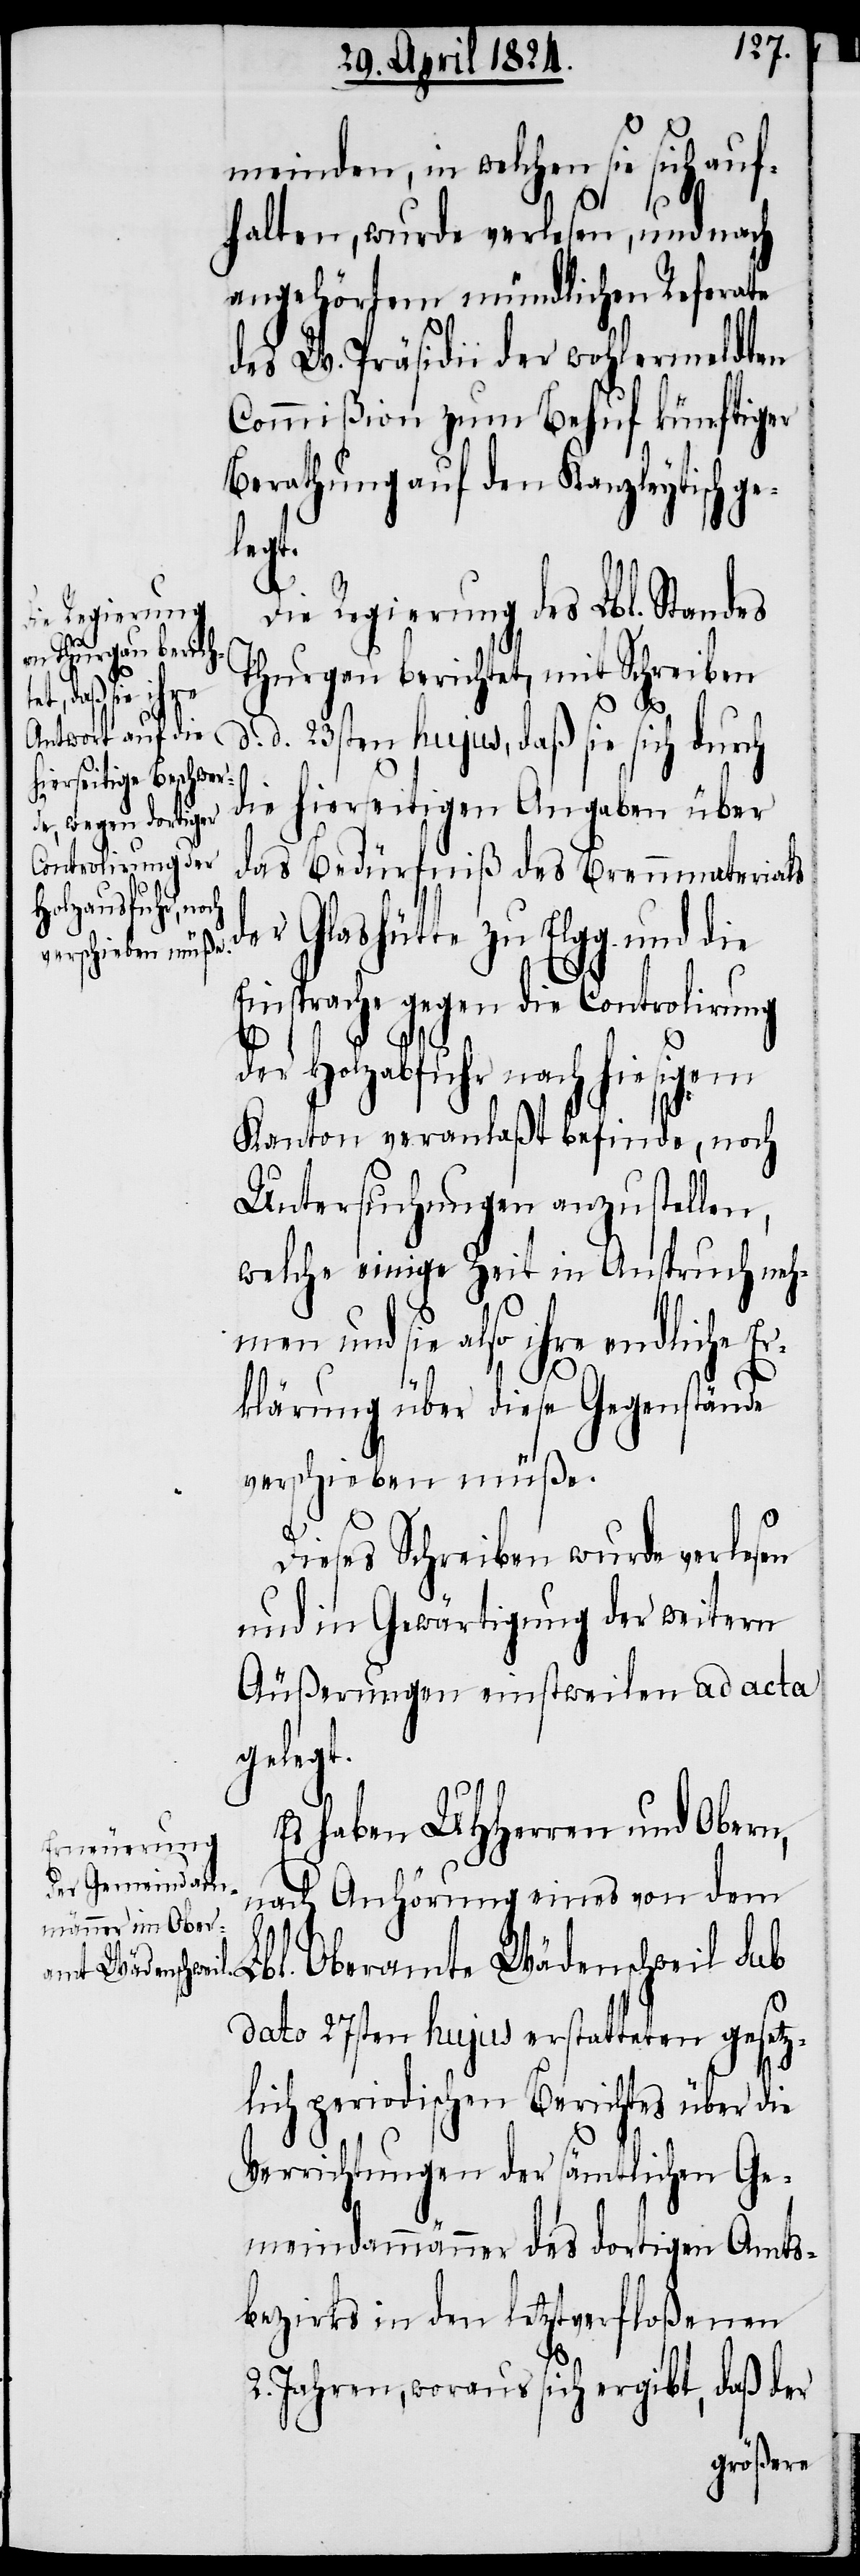
meinden, in welchen sie sich auf¬
halten, wurde verlesen, und nach
angehörtem mündlichen Referate
des W. Präsidii der wohlermeldten
Commißion zum Behuf künftiger
Berathung auf den Kanzleytisch ge¬
legt.
Die Regierung des Lbl. Standes
Thurgau berichtet, mit Schreiben
die hierseitigen Angaben über
das Bedürfniß des Brennmaterials
daß sie sich
der Glashütte zu Elgg und die
Einsprache gegen die Controlirung
der Holzabfuhr nach hiesigem
Kanton veranlaßt befinde, noch
Untersuchungen anzustellen,
welche einige Zeit in Anspruch neh¬
men und sie also ihre endliche E¬
rklärung über diese Gegenstände
verschieben müße.
Dieses Schreiben wurde verlesen
und in Gewärtigung der weitern
Äußerungen einstweilen ad acta
gelegt.
Es haben UHHerren und Obern,
nach Anhörung eines von dem
Lbl. Oberamte Wädenschweil sub
dato 27sten hujus erstatteten gesetz¬
lich periodischen Berichtes über die
Verrichtungen der sämtlichen Ge¬
meindammänner des dortigen Amts¬
bezirks in den letztverfloßenen
2. Jahren, woraus sich ergibt, daß der